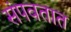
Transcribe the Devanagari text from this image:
संपवतात